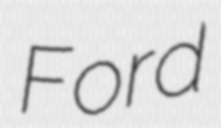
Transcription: Ford